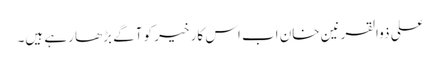
علی ذوالقرنین خان اب اس کار خیر کو آگے بڑھا رہے ہیں۔